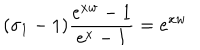
( \sigma _ { 1 } - 1 ) \frac { e ^ { x w } - 1 } { e ^ { x } - 1 } = e ^ { x w }